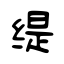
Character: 缇